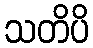
သတိပိ